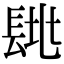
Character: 𨱶